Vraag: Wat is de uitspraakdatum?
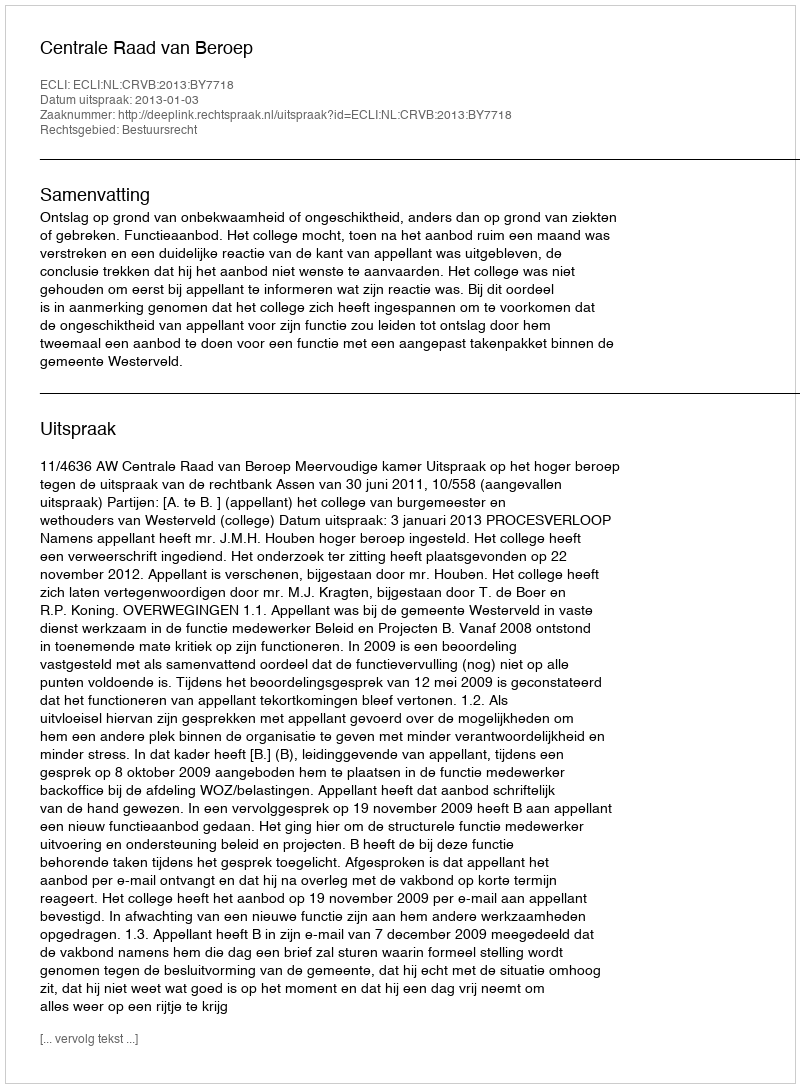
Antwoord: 2013-01-03